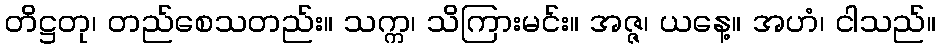
တိဋ္ဌတု၊ တည်စေသတည်း။ သက္က၊ သိကြားမင်း။ အဇ္ဇ၊ ယနေ့။ အဟံ၊ ငါသည်။